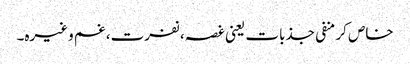
خاص کر منفی جذبات یعنی غصہ، نفرت، غم وغیرہ۔